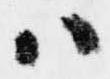
ハ